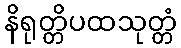
နိရုတ္တိပထသုတ္တံ